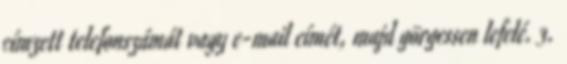
címzett telefonszámát vagy e-mail címét, majd görgessen lefelé. 3.